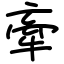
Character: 牽